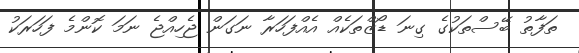
ތަފާތު ބޭސްތަކުގެ ގިނަ ޑޯޒްތަކެއް އެއްފަހަރާ ނަގަން ޖެހިއްޖެ ނަމަ ކޮންމެ ފަހަރަކު